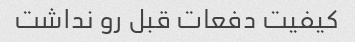
کیفیت دفعات قبل رو نداشت